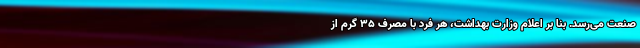
صنعت می‌‌رسد. بنا بر اعلام وزارت بهداشت، هر فرد با مصرف ۳۵ گرم از